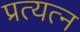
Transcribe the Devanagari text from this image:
प्रत्यत्न